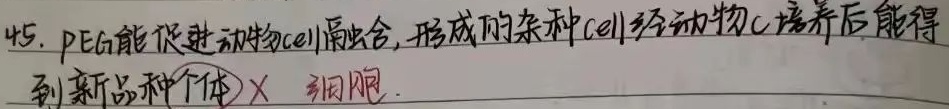
45. PEG能促进动物细胞融合，形成的杂种细胞经动物细胞培养后能得到新品种个体× 细胞.